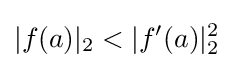
|f(a)|_{2}<|f'(a)|_{2}^{2}